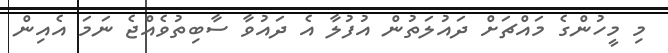
މި މީހުންގެ މައްޗަށް ދައުލަތުން އުފުލާ އެ ދައުވާ ސާބިތުވެއްޖެ ނަމަ އެއިން